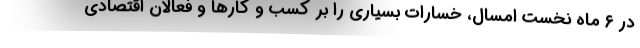
در ۶ ماه نخست امسال، خسارات بسیاری را بر کسب و کارها و فعالان اقتصادی